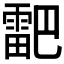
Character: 𮦞